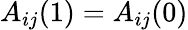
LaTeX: A_{ij}(1)=A_{ij}(0)